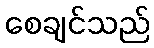
စေချင်သည်